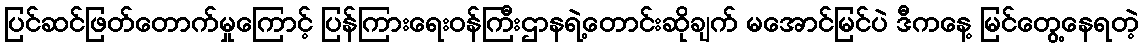
ပြင်ဆင်ဖြတ်တောက်မှုကြောင့် ပြန်ကြားရေးဝန်ကြီးဌာနရဲ့တောင်းဆိုချက် မအောင်မြင်ပဲ ဒီကနေ့ မြင်တွေ့နေရတဲ့